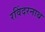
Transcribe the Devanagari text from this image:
रविंदरनाथ